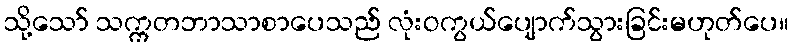
သို့သော် သက္ကတဘာသာစာပေသည် လုံးဝကွယ်ပျောက်သွားခြင်းမဟုတ်ပေ။